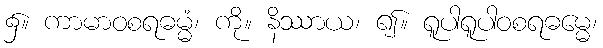
၌။ ကာမာဝစရဓမ္မံ၊ ကို။ နိဿာယ၊ ၍။ ရူပါရူပါဝစရဓမ္မေ၊